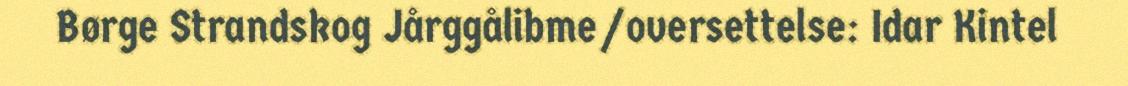
Børge Strandskog Jårggålibme/oversettelse: Idar Kintel